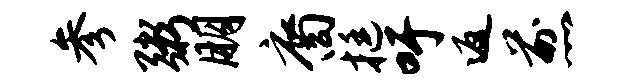
参粥朋裔挺吁返煎